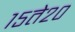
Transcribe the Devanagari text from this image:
१५ते२०